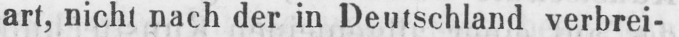
art, nicht nach der in Deutschland verbrei-